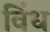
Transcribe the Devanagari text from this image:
विंध